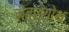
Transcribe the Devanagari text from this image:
नेत्रशोथ